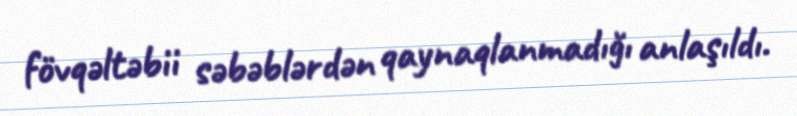
fövqəltəbii səbəblərdən qaynaqlanmadığı anlaşıldı.